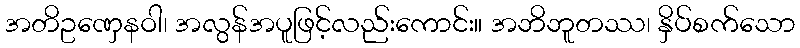
အတိဥဏှေနဝါ၊ အလွန်အပူဖြင့်လည်းကောင်း။ အဘိဘူတဿ၊ နှိပ်စက်သော